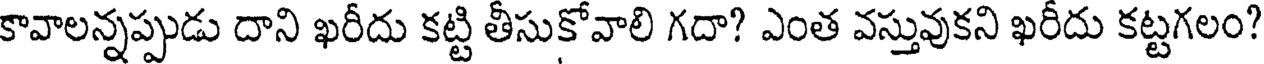
కావాలన్నప్పుడు దాని ఖరీదు కట్టి తీసుకోవాలి గదా? ఎంత వస్తువుకని ఖరీదు కట్టగలం?